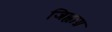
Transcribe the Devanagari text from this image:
जिह्वाग्र